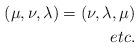
LaTeX: \begin{align*}(\mu, \nu, \lambda) = (\nu, \lambda, \mu)\\etc.\end{align*}